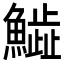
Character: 𩻩